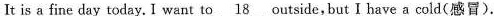
It is a fine day todayI want to\underline{18}outsidebutIhaveacold(感冒)